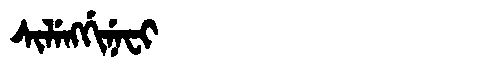
Manchu: ᠰᡳᠯᡝᠩᡤᡳᠨᡝᠸᡳ
Romanization: SILENGGINEFI